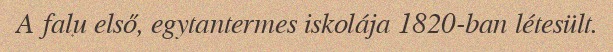
A falu első, egytantermes iskolája 1820-ban létesült.